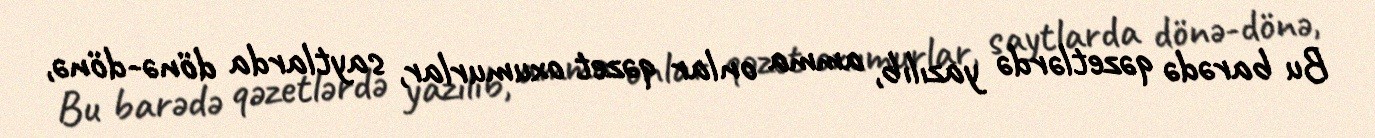
Bu barədə qəzetlərdə yazılıb, amma onlar qəzet oxumurlar, saytlarda dönə-dönə,